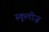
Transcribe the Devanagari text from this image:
स्कूलीज़